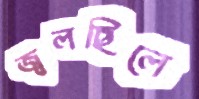
জ্বলছিলে